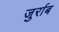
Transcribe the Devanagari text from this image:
जुर्राब